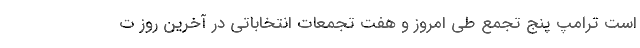
است ترامپ پنج تجمع طی امروز و هفت تجمعات انتخاباتی در آخرین روز ت